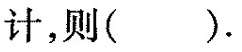
计，则()。